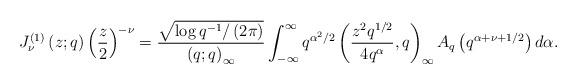
LaTeX: \begin{align*}J_{\nu}^{(1)}\left(z;q\right)\left(\frac{z}{2}\right)^{-\nu}=\frac{\sqrt{\log q^{-1}/\left(2\pi\right)}}{\left(q;q\right)_{\infty}}\int_{-\infty}^{\infty}q^{\alpha^{2}/2}\left(\frac{z^{2}q^{1/2}}{4q^{\alpha}},q\right)_{\infty}A_{q}\left(q^{\alpha+\nu+1/2}\right)d\alpha.\end{align*}